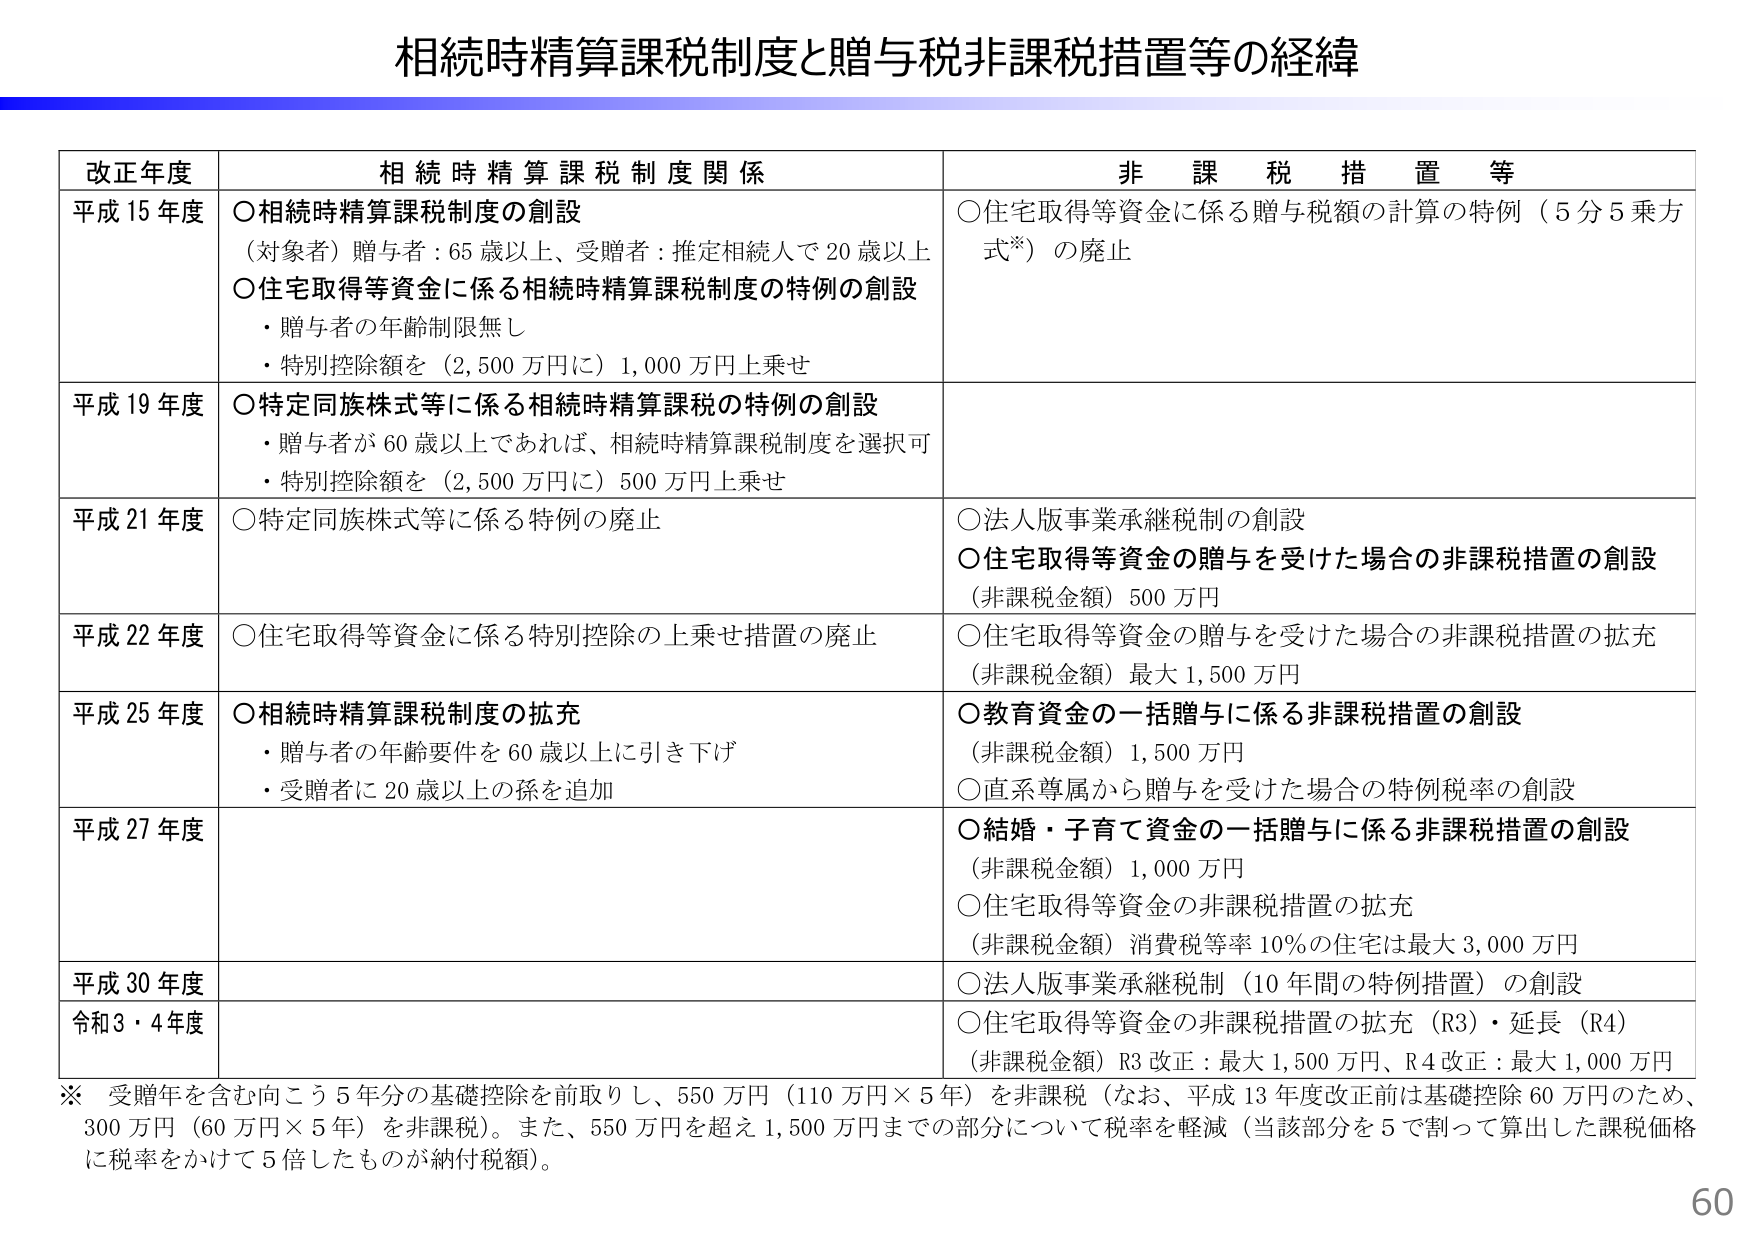
相続時精算課税制度と贈与税非課税措置等の経緯

改正年度　相続時精算課税制度関係　非課税措置等

平成15年度
○相続時精算課税制度の創設
（対象者）贈与者：65歳以上、受贈者：推定相続人で20歳以上
○住宅取得等資金に係る相続時精算課税制度の特例の創設
・贈与者の年齢制限無し
・特別控除額を（2,500万円に）1,000万円上乗せ
○住宅取得等資金に係る贈与税額の計算の特例（5分5乗方式※）の廃止

平成19年度
○特定同族株式等に係る相続時精算課税の特例の創設
・贈与者が60歳以上であれば、相続時精算課税制度を選択可
・特別控除額を（2,500万円に）500万円上乗せ

平成21年度
○特定同族株式等に係る特例の廃止
○法人版事業承継税制の創設
○住宅取得等資金の贈与を受けた場合の非課税措置の創設
（非課税金額）500万円

平成22年度
○住宅取得等資金に係る特別控除の上乗せ措置の廃止
○住宅取得等資金の贈与を受けた場合の非課税措置の拡充
（非課税金額）最大1,500万円

平成25年度
○相続時精算課税制度の拡充
・贈与者の年齢要件を60歳以上に引き下げ
・受贈者に20歳以上の孫を追加
○教育資金の一括贈与に係る非課税措置の創設
（非課税金額）1,500万円
○直系尊属から贈与を受けた場合の特例税率の創設

平成27年度
○結婚・子育て資金の一括贈与に係る非課税措置の創設
（非課税金額）1,000万円
○住宅取得等資金の非課税措置の拡充
（非課税金額）消費税等率10%の住宅は最大3,000万円

平成30年度
○法人版事業承継税制（10年間の特例措置）の創設

令和3・4年度
○住宅取得等資金の非課税措置の拡充（R3）・延長（R4）
（非課税金額）R3改正：最大1,500万円、R4改正：最大1,000万円

※ 受贈年を含む向こう5年分の基礎控除を前取りし、550万円（110万円×5年）を非課税（なお、平成13年度改正前は基礎控除60万円のため、300万円（60万円×5年）を非課税）。また、550万円を超え1,500万円までの部分について税率を軽減（当該部分を5で割って算出した課税価格に税率をかけて5倍したものが納付税額）。

60